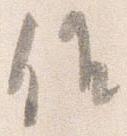
候